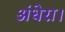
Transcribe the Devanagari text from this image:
अंधेरा।